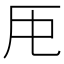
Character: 𠨰